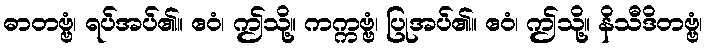
ဓာတဗ္ဗံ၊ ရပ်အပ်၏။ ဧဝံ၊ ဤသို့။ ကက္ကဗ္ဗံ၊ ပြုအပ်၏။ ဧဝံ၊ ဤသို့။ နိသီဒိတဗ္ဗံ၊